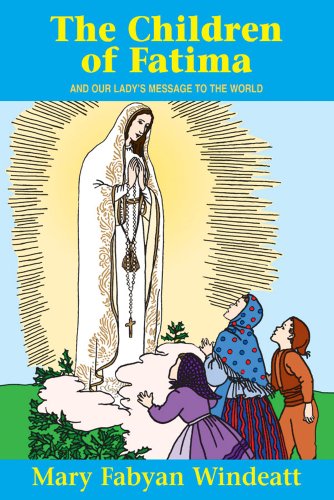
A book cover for The Children Of Fatima: And Our Lady's Message to the World (Saints Lives); Windeatt; Christian Books & Bibles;